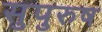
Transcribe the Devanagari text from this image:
सुपुरुष